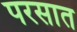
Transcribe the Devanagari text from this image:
परसात